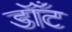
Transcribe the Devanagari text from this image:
डॉँट